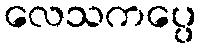
လေသကပ္ပေ